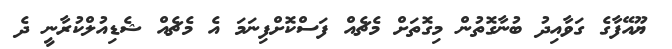
ޔޫއޭފާގެ ގަވާއިދު ބުނާގޮތުން މިގޮތަށް މެޗެއް ފަސްކޮށްފިނަމަ އެ މެޗެއް ޝެޑިއުލްކުރާނީ ދެ